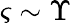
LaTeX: \varsigma\sim\Upsilon